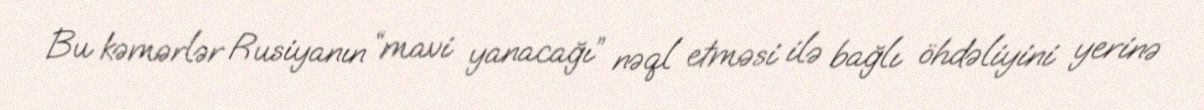
Bu kəmərlər Rusiyanın “mavi yanacağı” nəql etməsi ilə bağlı öhdəliyini yerinə